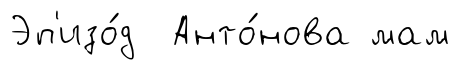
Эп'изо́д Анто́нова мам